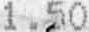
1.50